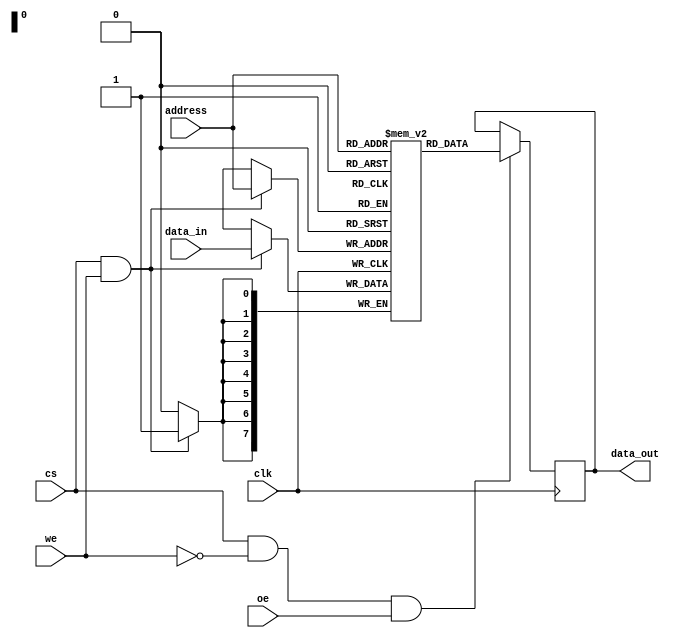
// This program was cloned from: https://github.com/TeamVoss/VossII
// License: Apache License 2.0

//-----------------------------------------------------
// Design Name : ram_sp_sr_sw
// Function    : Synchronous read write RAM 
// Coder       : Deepak Kumar Tala
//-----------------------------------------------------
module ram_sp_sr_sw (
clk         , // Clock Input
address     , // Address Input
data_in        , // 
data_out        , // 
cs          , // Chip Select
we          , // Write Enable/Read Enable
oe            // Output Enable
); 

parameter DATA_WIDTH = 8 ;
parameter ADDR_WIDTH = 8 ;
parameter RAM_DEPTH = 1 << ADDR_WIDTH;

//--------------Input Ports----------------------- 
input                  clk         ;
input [ADDR_WIDTH-1:0] address     ;
input                  cs          ;
input                  we          ;
input                  oe          ; 
input [DATA_WIDTH-1:0] data_in     ;

//--------------Inout Ports----------------------- 
output [DATA_WIDTH-1:0]  data_out   ;

//--------------Internal variables---------------- 
reg [DATA_WIDTH-1:0] data_i_out ;
reg [DATA_WIDTH-1:0] mem [0:RAM_DEPTH-1];
reg                  oe_r;

//--------------Code Starts Here------------------ 

assign data_out = data_i_out;

// Memory Write Block 
// Write Operation : When we = 1, cs = 1
always @ (posedge clk)
begin : MEM_WRITE
   if ( cs && we ) begin
       mem[address] = data_in;
   end
end

// Memory Read Block 
// Read Operation : When we = 0, oe = 1, cs = 1
always @ (posedge clk)
begin : MEM_READ
  if (cs && !we && oe) begin
    data_i_out = mem[address];
    oe_r = 1;
  end else begin
    oe_r = 0;
  end
end

endmodule // End of Module ram_sp_sr_sw


//-----------------------------------------------------
// Design Name : ram_sp_ar_sw
// Function    : Asynchronous read write RAM 
// Coder       : Deepak Kumar Tala
//-----------------------------------------------------
module ram_sp_ar_sw (
clk         , // Clock Input
address     , // Address Input
data_in        , // Data bi-directional
data_out        , // Data bi-directional
cs          , // Chip Select
we          , // Write Enable/Read Enable
oe            // Output Enable
); 

parameter DATA_WIDTH = 8 ;
parameter ADDR_WIDTH = 8 ;
parameter RAM_DEPTH = 1 << ADDR_WIDTH;

//--------------Input Ports----------------------- 
input                                     clk          ;
input [ADDR_WIDTH-1:0] address ;
input                                     cs           ;
input                                     we          ;
input                                     oe           ; 
input [DATA_WIDTH-1:0]  data_in       ;

//--------------Inout Ports----------------------- 
output reg [DATA_WIDTH-1:0]   data_out ;

//--------------Internal variables---------------- 
reg [DATA_WIDTH-1:0] mem [0:RAM_DEPTH-1];

//--------------Code Starts Here------------------ 

// Tri-State Buffer control 
// output : When we = 0, oe = 1, cs = 1

// Memory Write Block 
// Write Operation : When we = 1, cs = 1
always @ (posedge clk)
begin : MEM_WRITE
   if ( cs && we ) begin
       mem[address] = data_in;
   end
end

// Memory Read Block 
// Read Operation : When we = 0, oe = 1, cs = 1
always @ (address or cs or we or oe)
begin : MEM_READ
    if (cs && !we && oe) begin
         data_out = mem[address];
    end
end

endmodule // End of Module ram_sp_ar_sw


//-----------------------------------------------------
// Design Name : ram_sp_ar_aw
// Function    : Asynchronous read write RAM 
// Coder       : Deepak Kumar Tala
//-----------------------------------------------------
module ram_sp_ar_aw (
address     , // Address Input
data_in	    ,
data_out    , // 
cs          , // Chip Select
we          , // Write Enable/Read Enable
oe            // Output Enable
);          
parameter DATA_WIDTH = 8 ;
parameter ADDR_WIDTH = 8 ;
parameter RAM_DEPTH = 1 << ADDR_WIDTH;

//--------------Input Ports----------------------- 
input [ADDR_WIDTH-1:0] address ;
input                                     cs           ;
input                                     we          ;
input                                     oe           ; 
input [DATA_WIDTH-1:0]  data_in       ;

//--------------Output Ports----------------------- 
output reg [DATA_WIDTH-1:0]   data_out ;

//--------------Internal variables---------------- 
reg [DATA_WIDTH-1:0] mem [0:RAM_DEPTH-1];

//--------------Code Starts Here------------------ 

// Memory Write Block 
// Write Operation : When we = 1, cs = 1
always @ (address or data_in or cs or we)
begin : MEM_WRITE
   if ( cs && we ) begin
       mem[address] = data_in;
   end
end

// Memory Read Block 
// Read Operation : When we = 0, oe = 1, cs = 1
always @ (address or cs or we or oe)
begin : MEM_READ
    if (cs && !we && oe)  begin
         data_out = mem[address];
    end
end

endmodule // End of Module ram_sp_ar_aw


module top_memory (
clk         , // Clock Input
address     , // Address Input
data_in     , // 
data_out1    , // 
data_out2    , // 
data_out3    , // 
cs          , // Chip Select
we          , // Write Enable/Read Enable
oe            // Output Enable
);

parameter DATA_WIDTH = 8 ;
parameter ADDR_WIDTH = 8 ;
parameter RAM_DEPTH = 1 << ADDR_WIDTH;

//--------------Input Ports----------------------- 
input                  clk         ;
input [ADDR_WIDTH-1:0] address     ;
input                  cs          ;
input                  we          ;
input                  oe          ; 
input [DATA_WIDTH-1:0] data_in     ;

//--------------Inout Ports----------------------- 
output [DATA_WIDTH-1:0]  data_out1   ;
output [DATA_WIDTH-1:0]  data_out2   ;
output [DATA_WIDTH-1:0]  data_out3   ;

    ram_sp_sr_sw mem1 (.clk(clk), .address(address), .data_in(data_in),
		       .data_out(data_out1), .cs(cs), .we(we), .oe(oe) );

    ram_sp_ar_sw mem2 (.clk(clk), .address(address), .data_in(data_in),
		       .data_out(data_out1), .cs(cs), .we(we), .oe(oe) );

    ram_sp_ar_aw mem3 (.address(address), .data_in(data_in),
		       .data_out(data_out1), .cs(cs), .we(we), .oe(oe) );

endmodule